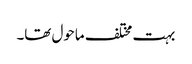
بہت مختلف ماحول تھا۔